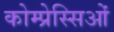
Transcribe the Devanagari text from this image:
कोम्प्रेस्सिओं